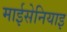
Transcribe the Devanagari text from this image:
माईसेनियाइ